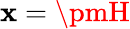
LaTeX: \mathbf{x}=\pmH